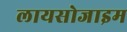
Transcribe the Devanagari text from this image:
लायसोजाइम